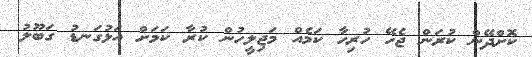
ކޮށްދޭން ކުރަން ޖެހޭ ހުރިހާ ކަމެއް މަޖިލީހުން ކުރާ ކަމަށް އަޅުގަނޑު ގަބޫލު